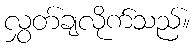
လွှတ်ချလိုက်သည်။